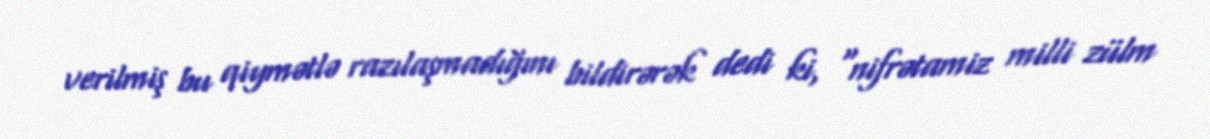
verilmiş bu qiymətlə razılaşmadığını bildirərək dedi ki, "nifrətamiz milli zülm